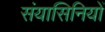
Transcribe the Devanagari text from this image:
संयासिनियों